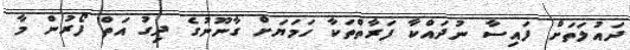
ދައުލަތަށް ފައިސާ ނުދައްކާ ފަރާތްތަކާ ހަމަޔަށް ގާނޫނުގެ ދިގު އަތް ފޯރުން މާ